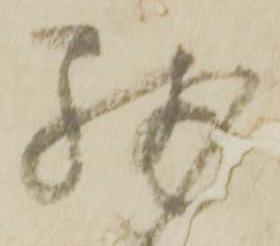
残